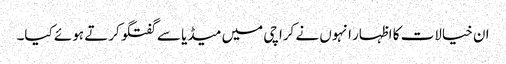
ان خیالات کا اظہار انہوں نے کراچی میں میڈیا سے گفتگو کرتے ہوئے کیا۔